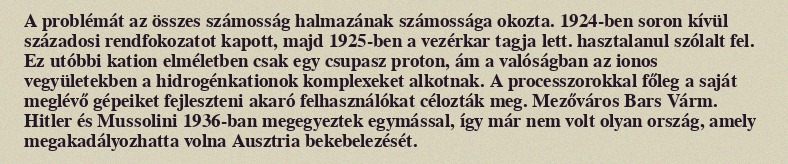
A problémát az összes számosság halmazának számossága okozta. 1924-ben soron kívül századosi rendfokozatot kapott, majd 1925-ben a vezérkar tagja lett. hasztalanul szólalt fel. Ez utóbbi kation elméletben csak egy csupasz proton, ám a valóságban az ionos vegyületekben a hidrogénkationok komplexeket alkotnak. A processzorokkal főleg a saját meglévő gépeiket fejleszteni akaró felhasználókat célozták meg. Mezőváros Bars Várm. Hitler és Mussolini 1936-ban megegyeztek egymással, így már nem volt olyan ország, amely megakadályozhatta volna Ausztria bekebelezését.